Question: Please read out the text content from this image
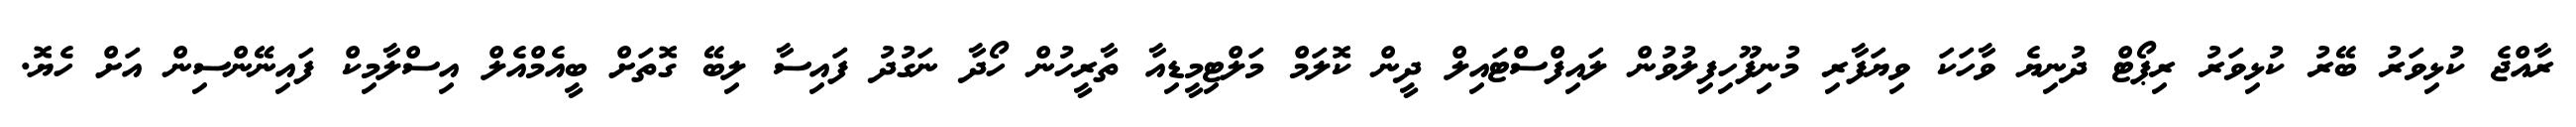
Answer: ރާއްޖެ ކުޅިވަރު ބޭރު ކުޅިވަރު ރިޕޯޓް ދުނިޔެ ވާހަކަ ވިޔަފާރި މުނިފޫހިފިލުވުން ލައިފްސްޓައިލް ދީން ކޮލަމް މަލްޓިމީޑިއާ ތާރީހުން ހޯދާ ނަގުދު ފައިސާ ލިބޭ ގޮތަށް ބީއެމްއެލް އިސްލާމިކް ފައިނޭންސިން އަށް ހެޔޮ.